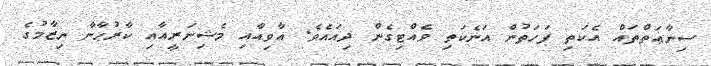
ސިނާޢަތްތައް އެކަތި ފަހަތުން އަނެކަތި ވެއްޓިގެން ދިއައެވެ. އާވިއާއި މެޝިނަރީއާއި ކާރުޙާނާ ނިޒާމުގެ